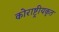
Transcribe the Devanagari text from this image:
कोराष्ट्रीयकृत